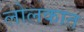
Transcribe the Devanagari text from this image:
लोलकात